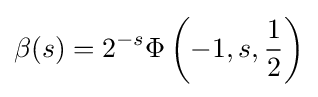
\beta (s)=2^{-s}\Phi \left(-1,s,{{1} \over {2}}\right)